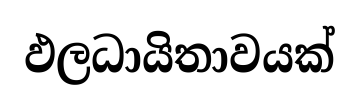
ඵලධායිතාවයක්